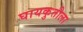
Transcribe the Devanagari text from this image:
घायकुतीला